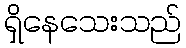
ရှိနေသေးသည်